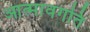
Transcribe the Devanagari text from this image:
आत्मावगति